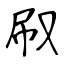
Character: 㕞